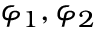
\varphi _ { 1 } , \varphi _ { 2 }